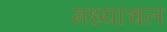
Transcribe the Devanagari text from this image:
मध्याचल